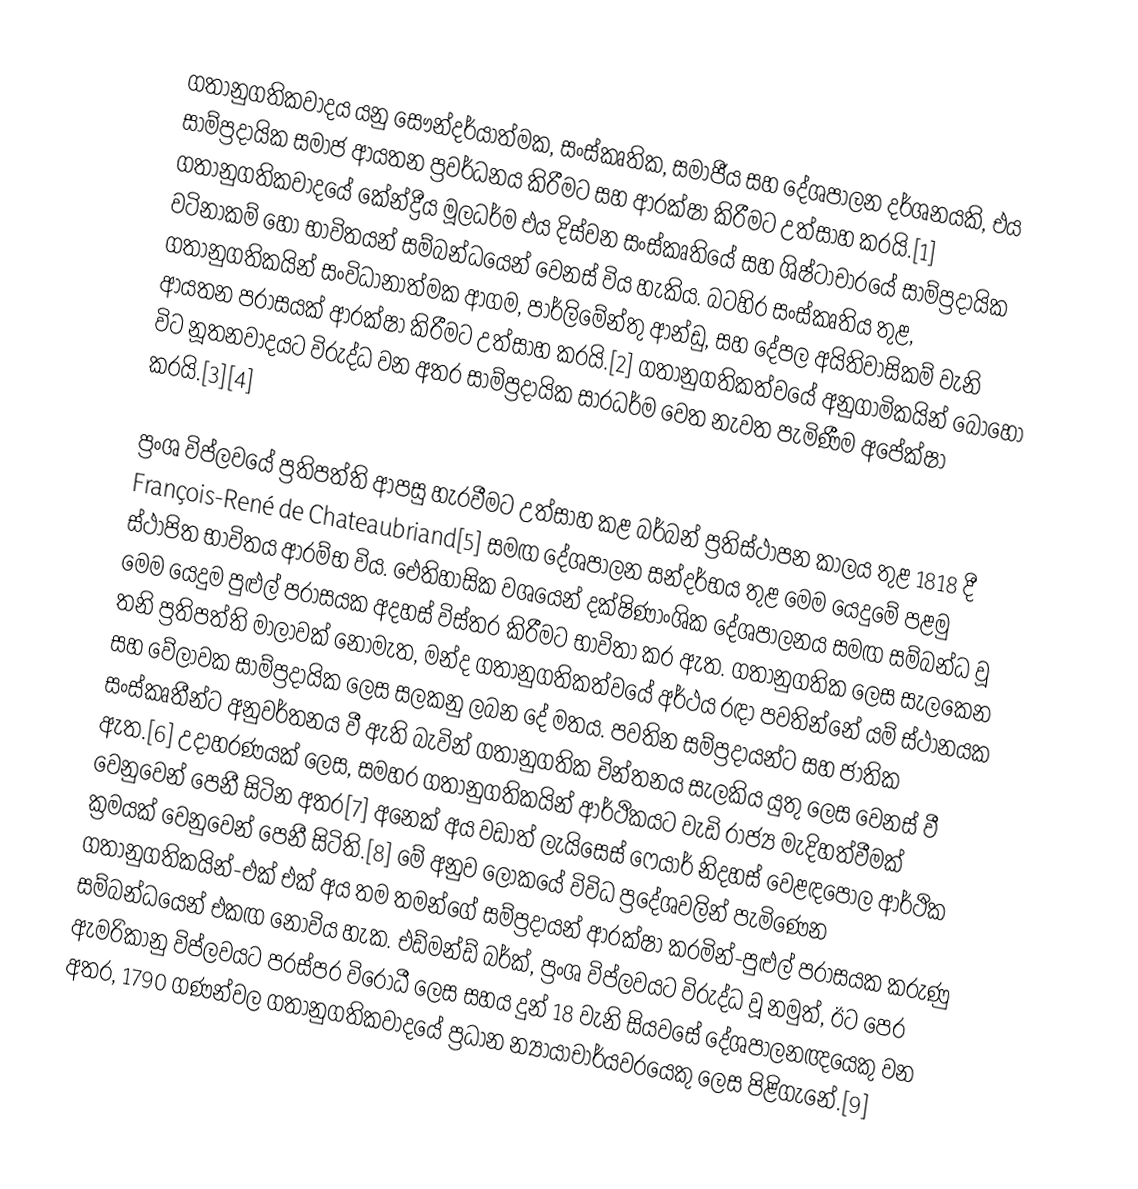
ගතානුගතිකවාදය යනු සෞන්දර්යාත්මක, සංස්කෘතික, සමාජීය සහ දේශපාලන දර්ශනයකි, එය සාම්ප්‍රදායික සමාජ ආයතන ප්‍රවර්ධනය කිරීමට සහ ආරක්ෂා කිරීමට උත්සාහ කරයි.[1] ගතානුගතිකවාදයේ කේන්ද්‍රීය මූලධර්ම එය දිස්වන සංස්කෘතියේ සහ ශිෂ්ටාචාරයේ සාම්ප්‍රදායික වටිනාකම් හෝ භාවිතයන් සම්බන්ධයෙන් වෙනස් විය හැකිය. බටහිර සංස්කෘතිය තුළ, ගතානුගතිකයින් සංවිධානාත්මක ආගම, පාර්ලිමේන්තු ආන්ඩු, සහ දේපල අයිතිවාසිකම් වැනි ආයතන පරාසයක් ආරක්ෂා කිරීමට උත්සාහ කරයි.[2] ගතානුගතිකත්වයේ අනුගාමිකයින් බොහෝ විට නූතනවාදයට විරුද්ධ වන අතර සාම්ප්‍රදායික සාරධර්ම වෙත නැවත පැමිණීම අපේක්ෂා කරයි.[3][4]

ප්‍රංශ විප්ලවයේ ප්‍රතිපත්ති ආපසු හැරවීමට උත්සාහ කළ බර්බන් ප්‍රතිස්ථාපන කාලය තුළ 1818 දී François-René de Chateaubriand[5] සමඟ දේශපාලන සන්දර්භය තුළ මෙම යෙදුමේ පළමු ස්ථාපිත භාවිතය ආරම්භ විය. ඓතිහාසික වශයෙන් දක්ෂිණාංශික දේශපාලනය සමඟ සම්බන්ධ වූ මෙම යෙදුම පුළුල් පරාසයක අදහස් විස්තර කිරීමට භාවිතා කර ඇත. ගතානුගතික ලෙස සැලකෙන තනි ප්‍රතිපත්ති මාලාවක් නොමැත, මන්ද ගතානුගතිකත්වයේ අර්ථය රඳා පවතින්නේ යම් ස්ථානයක සහ වේලාවක සාම්ප්‍රදායික ලෙස සලකනු ලබන දේ මතය. පවතින සම්ප්‍රදායන්ට සහ ජාතික සංස්කෘතීන්ට අනුවර්තනය වී ඇති බැවින් ගතානුගතික චින්තනය සැලකිය යුතු ලෙස වෙනස් වී ඇත.[6] උදාහරණයක් ලෙස, සමහර ගතානුගතිකයින් ආර්ථිකයට වැඩි රාජ්‍ය මැදිහත්වීමක් වෙනුවෙන් පෙනී සිටින අතර[7] අනෙක් අය වඩාත් ලැයිසෙස් ෆෙයාර් නිදහස් වෙළඳපොල ආර්ථික ක්‍රමයක් වෙනුවෙන් පෙනී සිටිති.[8] මේ අනුව ලෝකයේ විවිධ ප්‍රදේශවලින් පැමිණෙන ගතානුගතිකයින්-එක් එක් අය තම තමන්ගේ සම්ප්‍රදායන් ආරක්ෂා කරමින්-පුළුල් පරාසයක කරුණු සම්බන්ධයෙන් එකඟ නොවිය හැක. එඩ්මන්ඩ් බර්ක්, ප්‍රංශ විප්ලවයට විරුද්ධ වූ නමුත්, ඊට පෙර ඇමරිකානු විප්ලවයට පරස්පර විරෝධී ලෙස සහය දුන් 18 වැනි සියවසේ දේශපාලනඥයෙකු වන අතර, 1790 ගණන්වල ගතානුගතිකවාදයේ ප්‍රධාන න්‍යායාචාර්යවරයෙකු ලෙස පිළිගැනේ.[9]